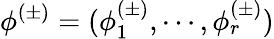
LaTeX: \phi^{(\pm)}=(\phi_{1}^{(\pm)},\cdots,\phi_{r}^{(\pm)})